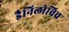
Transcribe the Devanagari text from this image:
डैनिलोविच